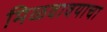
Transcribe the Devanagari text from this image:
मिळवावयाचा